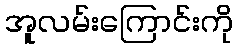
အူလမ်းကြောင်းကို